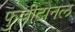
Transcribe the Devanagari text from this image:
फुल्लीटोनल